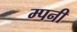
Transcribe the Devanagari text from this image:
म्पनी